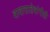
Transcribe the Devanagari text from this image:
बाबासाहेबांनीही